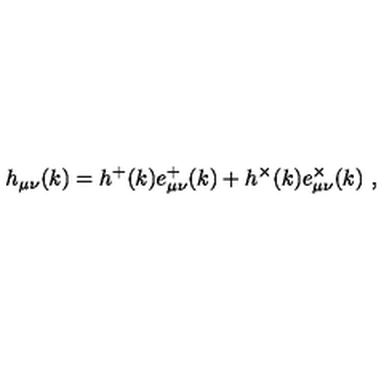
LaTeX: h _ { \mu \nu } ( k ) = h ^ { + } ( k ) e _ { \mu \nu } ^ { + } ( k ) + h ^ { \times } ( k ) e _ { \mu \nu } ^ { \times } ( k ) \ ,